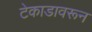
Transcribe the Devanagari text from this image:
टेकाडावरून